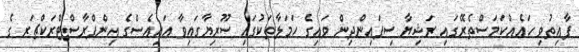
ފާއިތުވި ހައެއްކަމަސްތެރޭގައި ރަޝިޔާ ސިފައިންދިން ވައިގެ ހަމަލާތަކުގައި ސޫރިޔާގައިވާ އައިއެސްގެ އިންފްރާސްޓްރަކްޗަރ ގެ